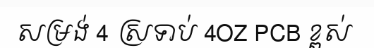
សម្រង់ 4 ស្រទាប់ 4OZ PCB ខ្ពស់